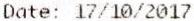
DATE: 17/10/2017